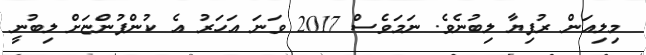
މިލިއަން ރުފިޔާ ލިބުނެވެ. ނަމަވެސް 2017 ވަނަ އަހަރު އެ ކުންފުންޏަށް ލިބުނީ